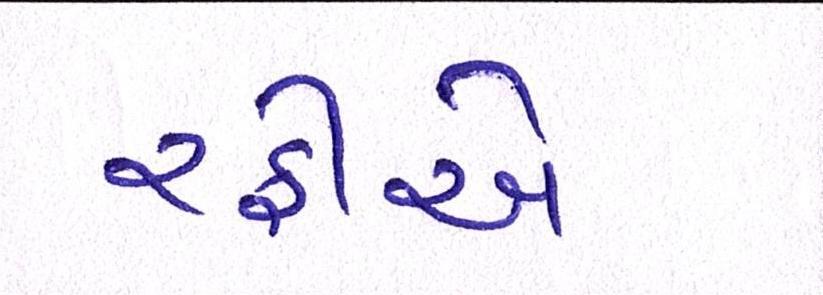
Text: રફીએ